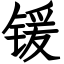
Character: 锾